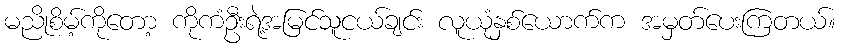
မညိုစိမ့်ကိုတော့ ကိုကံဦးရဲ့အမြင်သူငယ်ချင်း လူယုံနှစ်ယောက်က အမှတ်ပေးကြတယ်။